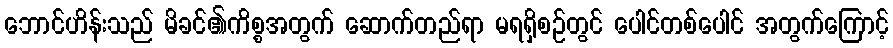
ဘောင်ဟိန်းသည် မိခင်၏ကိစ္စအတွက် ဆောက်တည်ရာ မရရှိစဉ်တွင် ပေါင်တစ်ပေါင် အတွက်ကြောင့်